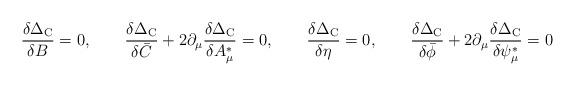
LaTeX: \begin{align*}\frac{\delta \Delta_{\rm C}}{\delta B} = 0,\qquad\frac{\delta \Delta_{\rm C}}{\delta \bar{C}} + 2 \partial_\mu \frac{\delta \Delta_{\rm C}}{\delta A_\mu^*} = 0,\qquad\frac{\delta \Delta_{\rm C}}{\delta \eta} = 0,\qquad\frac{\delta \Delta_{\rm C}}{\delta \bar{\phi}} + 2 \partial_\mu \frac{\delta \Delta_{\rm C}}{\delta \psi_\mu^*} = 0\end{align*}